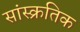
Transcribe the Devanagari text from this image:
सांस्क्रतिक